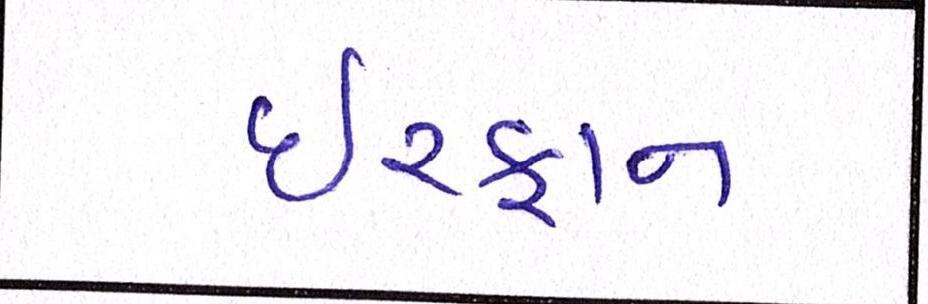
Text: ઈરફાન